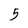
Character: 5